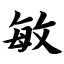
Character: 敏